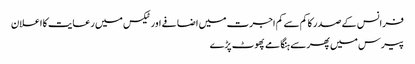
فرانس کے صدر کا کم سے کم اجرت میں اضافے اور ٹیکس میں رعایت کا اعلان
پیرس میں پھر سے ہنگامے پھوٹ پڑے